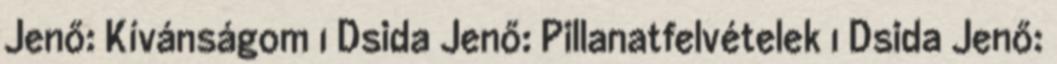
Jenő: Kívánságom 1 Dsida Jenő: Pillanatfelvételek 1 Dsida Jenő: